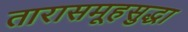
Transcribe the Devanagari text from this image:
तारासमूहसुद्धा